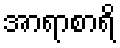
အာရာစာရိ